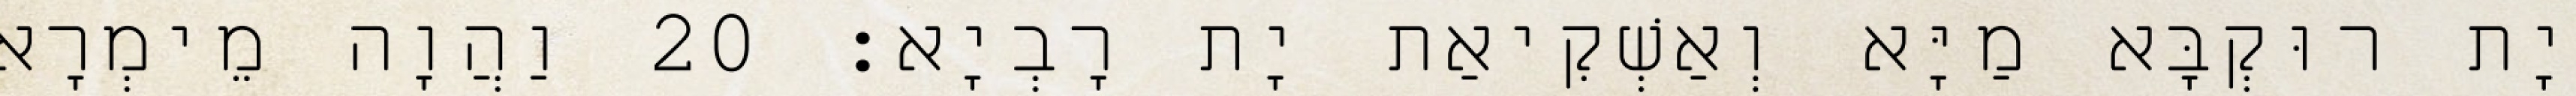
יָת רוּקְבָּא מַיָּא וְאַשְׁקִיאַת יָת רָבְיָא׃ 20 וַהֲוָה מֵימְרָא